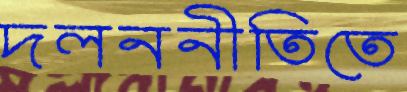
দলননীতিতে